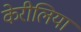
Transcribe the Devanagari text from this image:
केरीलिया